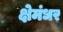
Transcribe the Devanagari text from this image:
क्षेमंधर